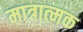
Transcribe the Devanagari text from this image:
मात्रात्‍मक